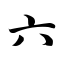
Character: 六